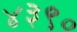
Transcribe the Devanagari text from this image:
४३९०